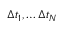
\Delta t _ { 1 } , \dots \Delta t _ { N }